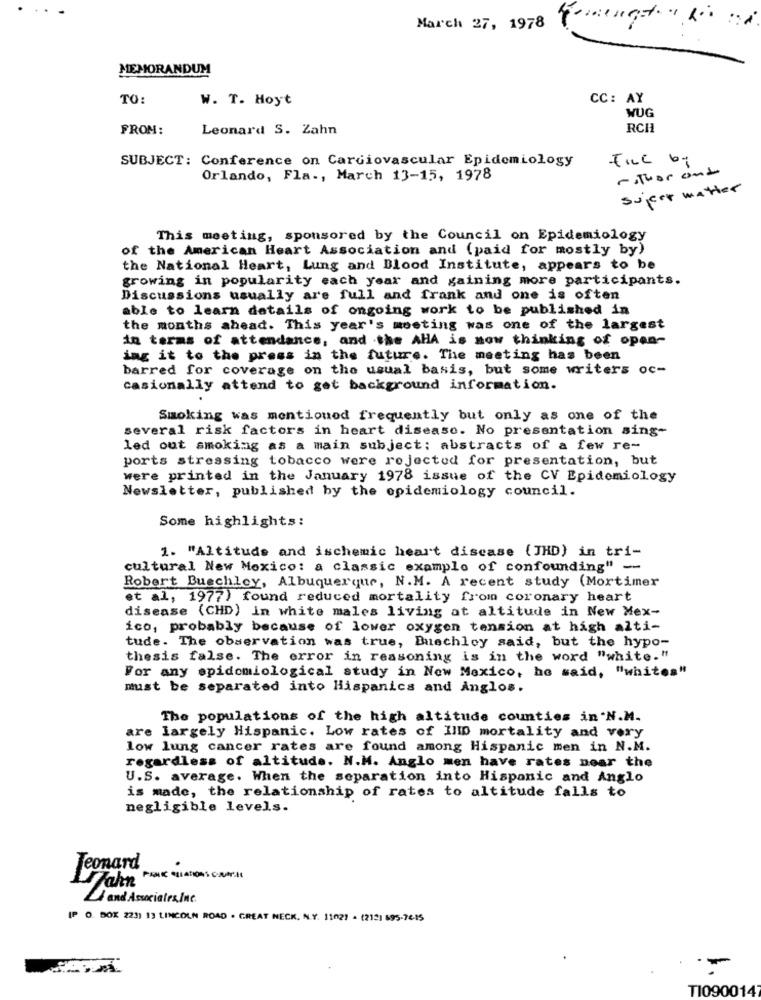
March 27, 1978
MEMORANDUM
TO:
W. T. Hoyt
CC: AY
WUG
FROM:
Leonard S. Zahn
RCH
SUBJECT: Conference on Cardiovascular Epidemiology
FILL by
matuor ondo
Orlando, Fla ., March 13-15, 1978
sujert matter
This meeting, sponsored by the Council on Epidemiology
of the American Heart Association and (paid for mostly by)
the National Heart, Lung and Blood Institute, appears to be
growing in popularity each year and gaining more participants.
Discussions usually are full and frank and one is often
able to learn details of ongoing work to be published in
the months ahead. This year's meeting was one of the largest
in terms of attendance, and the AHA is now thinking of open-
ing it to the press in the future. The meeting has been
barred for coverage on the usual basis, but some writers oc-
casionally attend to get background information.
Smoking was mentioned frequently but only as one of the
several risk factors in heart disease. No presentation sing-
led out smoking as a main subject: abstracts of a few re-
ports stressing tobacco were rejected for presentation, but
were printed in the January 1978 issue of the CV Epidemiology
Newsletter, published by the epidemiology council.
Some highlights:
1. "Altitude and ischemic heart disease (JHD) in tri-
cultural New Mexico: a classic example of confounding" --
Robert Buechley, Albuquerque, N.M. A recent study (Mortimer
et al, 1977) found reduced mortality from coronary heart
disease (CHD) in white males living at altitude in New Mex-
ico, probably because of lower oxygen tension at high alti-
tude. The observation was true, Buechley said, but the hypo-
thesis false. The error in reasoning is in the word "white."
For any epidemiological study in New Mexico, he said, "whites"
must be separated into Hispanics and Anglos.
The populations of the high altitude counties in .N.M.
are largely Hispanic. Low rates of IIID mortality and very
low lung cancer rates are found among Hispanic men in N.M.
regardless of altitude. N.M. Anglo men have rates near the
U.S. average. When the separation into Hispanic and Anglo
is made, the relationship of rates to altitude falls to
negligible levels.
Jeonard
and Associates Inc.
IP O. BOX 223) 13 LINCOLN ROAD . GREAT NECK. N.Y. 11021 . 12121 695-76-15
-
TI090014